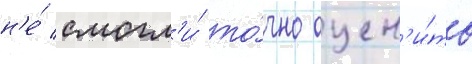
н'е́ смогл'и́ то́чно оцен'и́ть